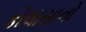
કોલાસાનો